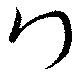
門